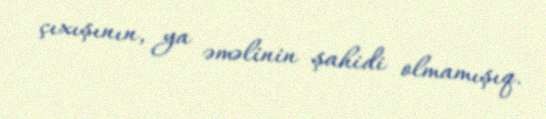
çıxışının, ya əməlinin şahidi olmamışıq.